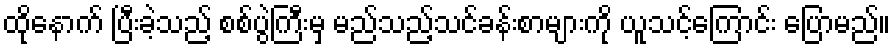
ထိုနောက် ပြီးခဲ့သည့် စစ်ပွဲကြီးမှ မည်သည့်သင်ခန်းစာများကို ယူသင့်ကြောင်း ပြောမည်။